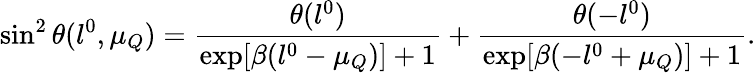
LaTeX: \sin^{2}\theta(l^{0},\mu_{Q})=\frac{\theta(l^{0})}{\exp[\beta(l^{0}-\mu_{Q})]+1}+\frac{\theta(-l^{0})}{\exp[\beta(-l^{0}+\mu_{Q})]+1}.